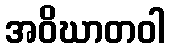
အဝိဃာတဝါ